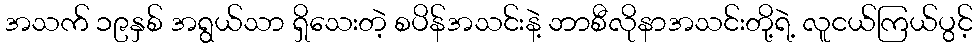
အသက် ၁၉နှစ် အရွယ်သာ ရှိသေးတဲ့ စပိန်အသင်းနဲ့ ဘာစီလိုနာအသင်းတို့ရဲ့ လူငယ်ကြယ်ပွင့်